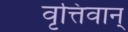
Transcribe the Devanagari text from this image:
वृत्तिवान्